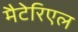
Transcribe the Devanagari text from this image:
मैटेरिएल